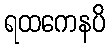
ရထကေနပိ